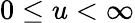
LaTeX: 0\leq u<\infty